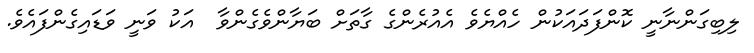
ލިބިގަންނާނީ ކޮންފަދައަކުން ހެއްޔެވެ އެއުރެންގެ ގާތަށް ބަޔާންވެގެންވާ  އަކު ވަނީ ވަޑައިގެންފައެވެ.